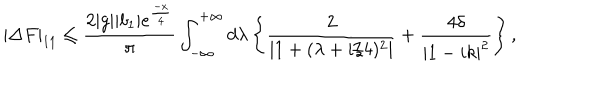
| \Delta F | _ { 1 1 } \leq \frac { 2 | g | | b _ { 1 } | e ^ { \frac { - x } { 4 } } } { \pi } \int _ { - \infty } ^ { + \infty } d \lambda \left\{ \frac { 2 } { | 1 + ( \lambda + i / 4 ) ^ { 2 } | } + \frac { 4 \delta } { | 1 - i k | ^ { 2 } } \right\} ,